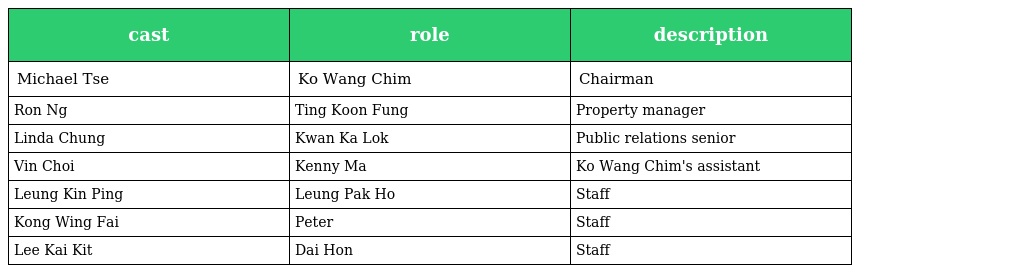
| cast | role | description |
 | --- | --- | --- |
 | Michael Tse | Ko Wang Chim 高宏瞻 | Chairman |
 | Ron Ng | Ting Koon Fung 丁冠峰 | Property manager |
 | Linda Chung | Kwan Ka Lok 關嘉樂 | Public relations senior |
 | Vin Choi | Kenny Ma | Ko Wang Chim's assistant |
 | Leung Kin Ping | Leung Pak Ho 梁柏豪 | Staff |
 | Kong Wing Fai | Peter | Staff |
 | Lee Kai Kit | Dai Hon 大漢 | Staff |